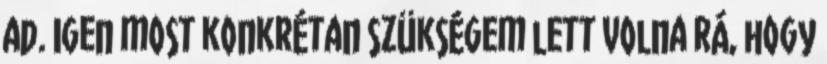
ad. Igen most konkrétan szükségem lett volna rá, hogy